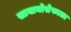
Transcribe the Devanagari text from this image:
सायानोसेफाला